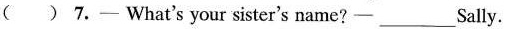
( ) 7.- What's your sister's name?——___Sally.